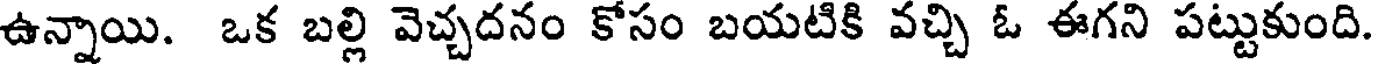
ఉన్నాయి. ఒక బల్లి వెచ్చదనం కోసం బయటికి వచ్చి ఓ ఈగని పట్టుకుంది